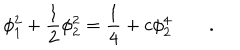
\phi _ { 1 } ^ { 2 } + \frac { 1 } { 2 } \phi _ { 2 } ^ { 2 } = \frac { 1 } { 4 } + c \phi _ { 2 } ^ { 4 } \qquad .